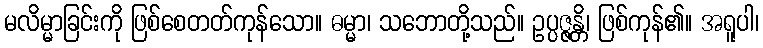
မလိမ္မာခြင်းကို ဖြစ်စေတတ်ကုန်သော။ ဓမ္မာ၊ သဘောတို့သည်။ ဥပ္ပဇ္ဇန္တိ၊ ဖြစ်ကုန်၏။ အရူပါ၊